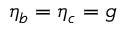
\eta _ { b } = \eta _ { c } = g